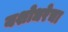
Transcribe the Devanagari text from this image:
यशोधरेचा